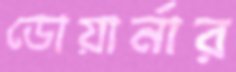
ডোয়ার্নার